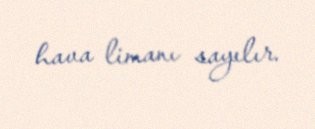
hava limanı sayılır.